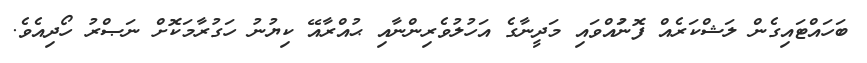
ބަހައްޓައިގެން ލަޝްކަރެއް ފޮނުައްވައި މަދީނާގެ އަހުލުވެރިންނާއި ޙުއްރާއޭ ކިޔުނު ހަގުރާމަކޮށް ނަޞްރު ހޯދިއެވެ.